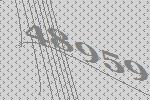
48959